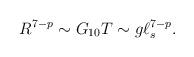
LaTeX: \begin{align*}R^{7-p} \sim G_{10} T \sim g \ell_s^{7-p}.\end{align*}